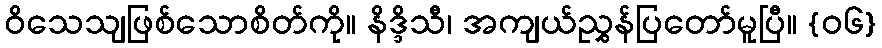
ဝိသေသျဖြစ်သောစိတ်ကို။ နိဒ္ဒိသီ၊ အကျယ်ညွှန်ပြတော်မူပြီ။ {၀၆}